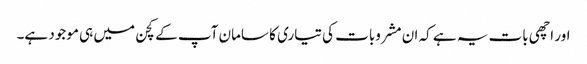
اور اچھی بات یہ ہے کہ ان مشروبات کی تیاری کا سامان آپ کے کچن میں ہی موجود ہے۔